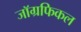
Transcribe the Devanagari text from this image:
जाॅग्रफिकल